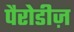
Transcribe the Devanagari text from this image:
पैरोडीज़